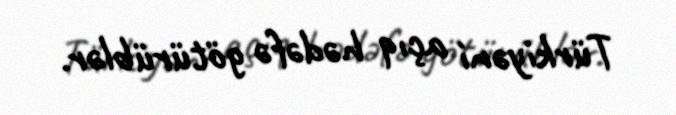
Türkiyəni açıq hədəfə götürüblər.